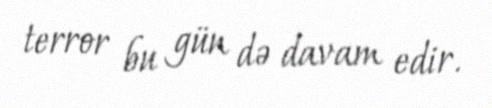
terror bu gün də davam edir.